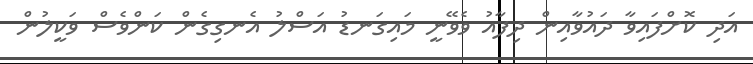
އަދި ކޮށްފައިވާ ދައުވާއިން ދިފާއު ވެވޭނީ މައިގަނޑު އަސްލު އެނގިގެން ކަންވެސް ވަކީލުން